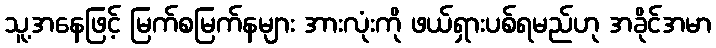
သူ့အနေဖြင့် မြက်စမြက်နများ အားလုံးကို ဖယ်ရှားပစ်ရမည်ဟု အခိုင်အမာ